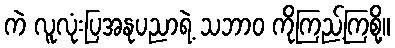
ကဲ လူလုံးပြအနုပညာရဲ့ သဘာဝ ကိုကြည့်ကြစို့။